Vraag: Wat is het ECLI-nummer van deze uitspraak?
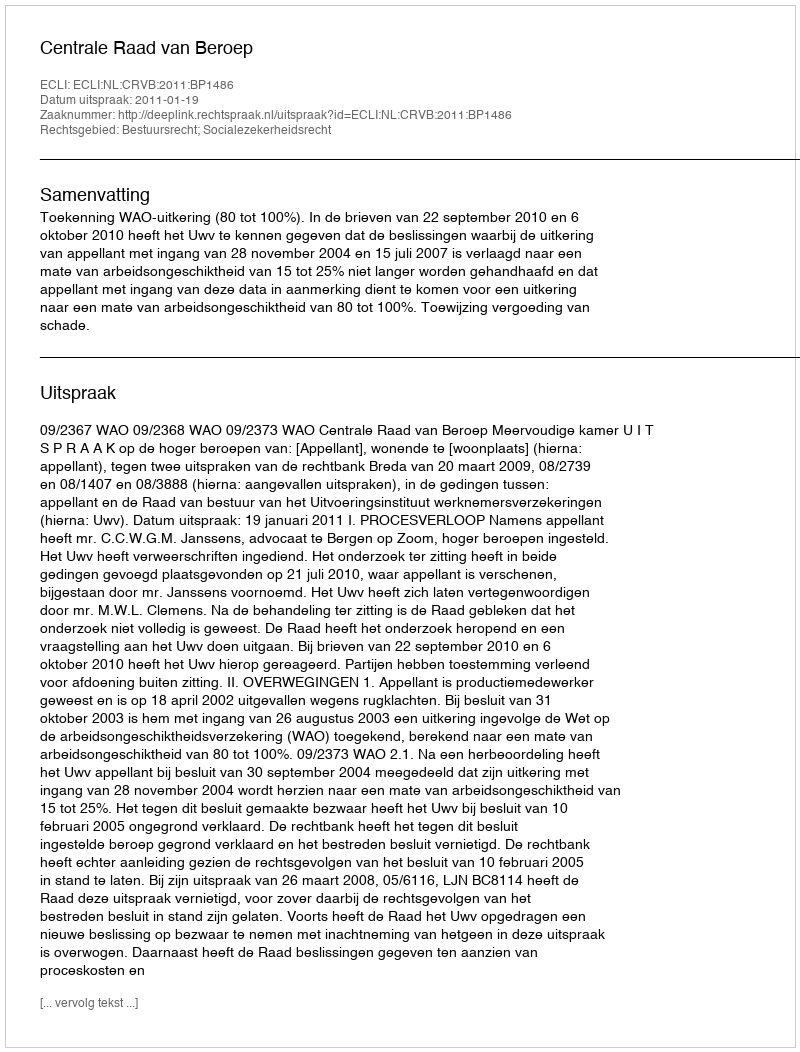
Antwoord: ECLI:NL:CRVB:2011:BP1486